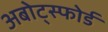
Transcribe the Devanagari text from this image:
अबोट्स्फोर्ड